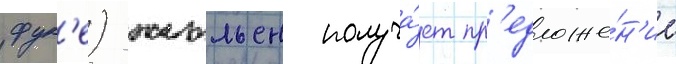
фук'е) жюльен получа́ет пр'едложе́н'ие